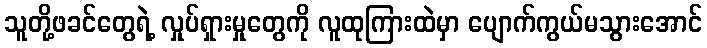
သူတို့ဖခင်တွေရဲ့ လှုပ်ရှားမှုတွေကို လူထုကြားထဲမှာ ပျောက်ကွယ်မသွားအောင်